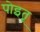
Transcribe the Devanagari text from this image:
पोइतू